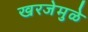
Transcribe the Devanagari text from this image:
खरजेमुळे